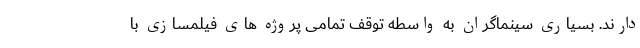
دارند. بسيارى سينماگران به واسطه توقف تمامى پروژه هاى فيلمسازى با